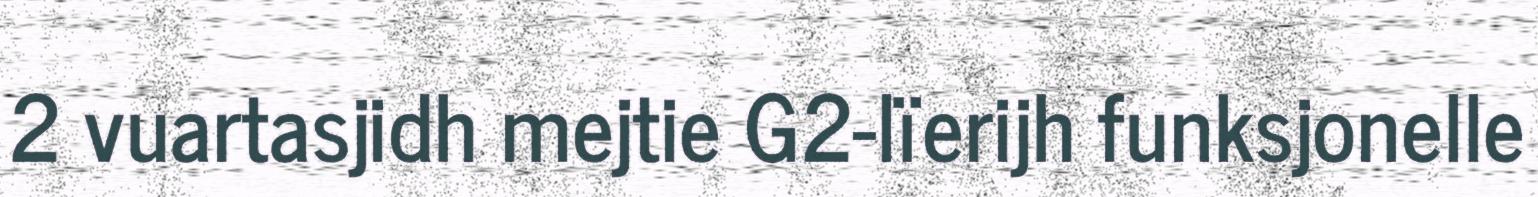
2 vuartasjidh mejtie G2-lïerijh funksjonelle